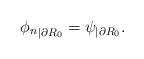
LaTeX: \begin{align*}{\phi_n}_{|\partial R_0}=\psi_{|\partial R_0}.\end{align*}